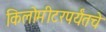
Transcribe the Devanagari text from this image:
किलोमीटरपर्यंतचे